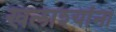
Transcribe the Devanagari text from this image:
खलाश्यांना